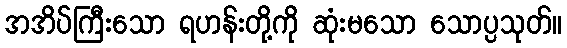
အအိပ်ကြီးသော ရဟန်းတို့ကို ဆုံးမသော သောပ္ပသုတ်။